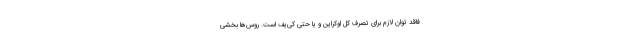
فاقد توان لازم برای تصرف کل اوکراین و یا حتی کی‌یف است. روس‌ها بخشی